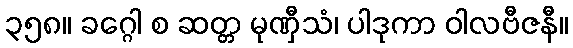
၃၅၈။ ခဂ္ဂေါ စ ဆတ္တ မုဏှီသံ၊ ပါဒုကာ ဝါလဗီဇနီ။